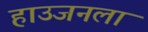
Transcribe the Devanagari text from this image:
हाउजनला